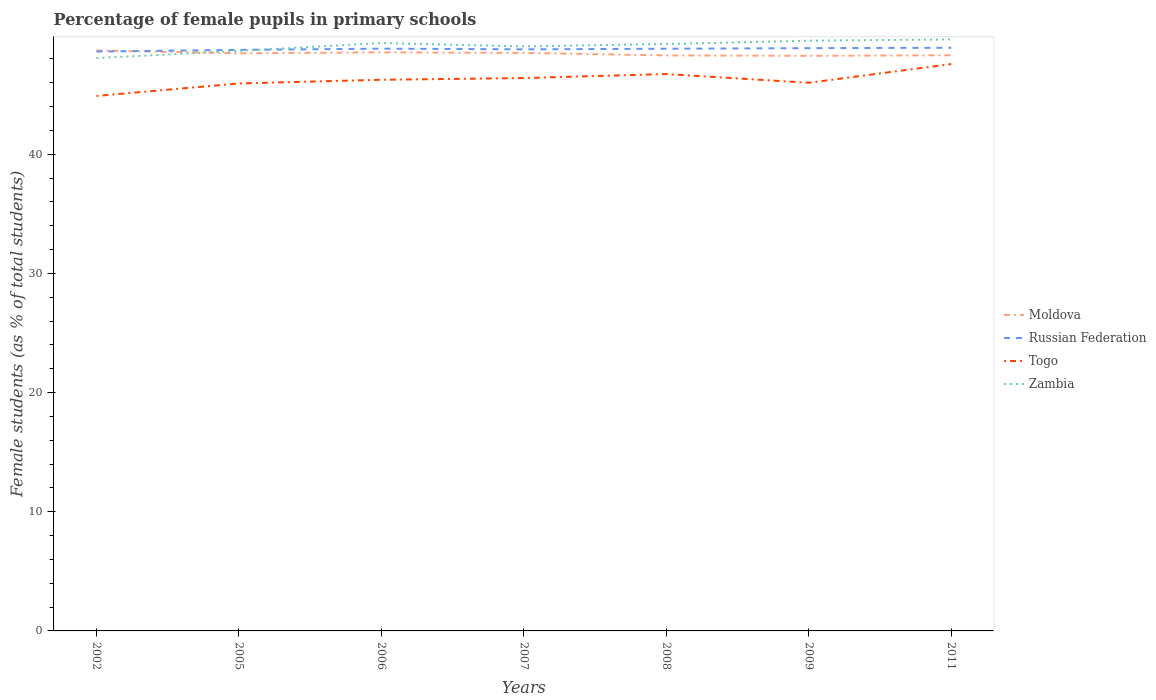
| Years | Moldova | Russian Federation | Togo | Zambia |
 | --- | --- | --- | --- | --- |
 | 2002 | 48.7 | 48.6 | 44.9 | 48.1 |
 | 2005 | 48.5 | 48.8 | 45.9 | 48.7 |
 | 2006 | 48.6 | 48.9 | 46.3 | 49.3 |
 | 2007 | 48.5 | 48.8 | 46.4 | 49 |
 | 2008 | 48.3 | 48.9 | 46.7 | 49.3 |
 | 2009 | 48.3 | 48.9 | 46 | 49.5 |
 | 2011 | 48.3 | 48.9 | 47.6 | 49.6 |